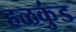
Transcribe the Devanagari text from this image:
हळकुंड